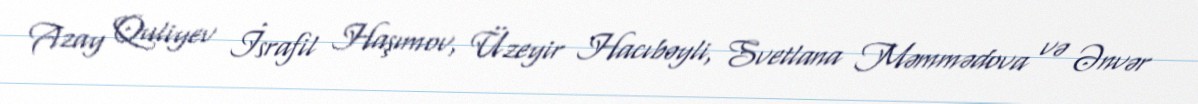
Azay Quliyev İsrafil Haşımov, Üzeyir Hacıbəyli, Svetlana Məmmədova və Ənvər